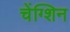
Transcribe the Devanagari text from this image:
चेंग्शिन